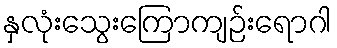
နှလုံးသွေးကြောကျဉ်းရောဂါ